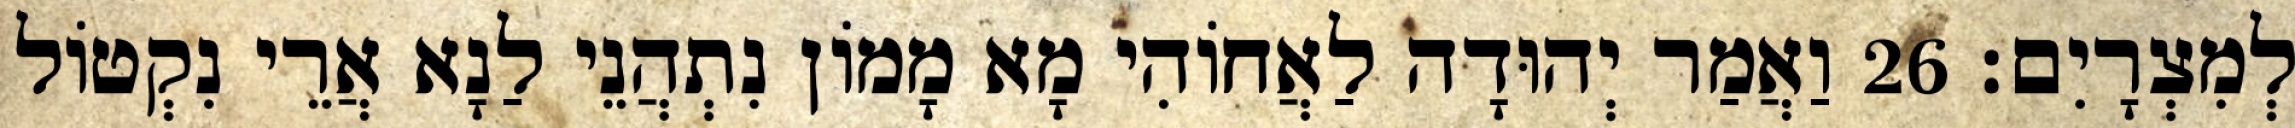
לְמִצְרָיִם׃ 26 וַאֲמַר יְהוּדָה לַאֲחוֹהִי מָא מָמוֹן נִתְהֲנֵי לַנָא אֲרֵי נִקְטוֹל